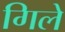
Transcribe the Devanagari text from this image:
गिले